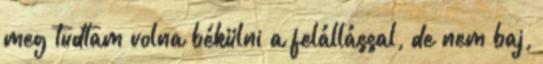
meg tudtam volna békülni a felállással, de nem baj,